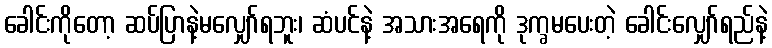
ခေါင်းကိုတော့ ဆပ်ပြာနဲ့မလျှော်ရဘူး၊ ဆံပင်နဲ့ အသားအရေကို ဒုက္ခမပေးတဲ့ ခေါင်းလျှော်ရည်နဲ့